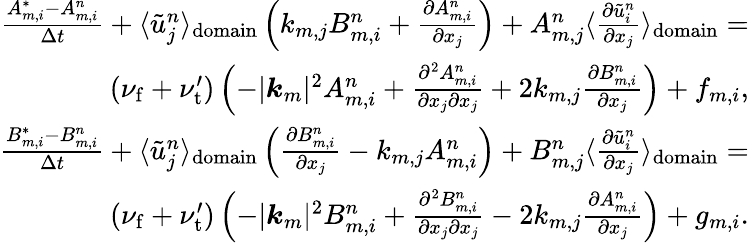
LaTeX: \begin{array}{r}{\frac{A_{m,i}^{*}-A_{m,i}^{n}}{\Delta t}+\langle\tilde{u}_{j}^{n}\rangle_{\mathrm{domain}}\left(k_{m,j}B_{m,i}^{n}+\frac{\partial A_{m,i}^{n}}{\partial x_{j}}\right)+A_{m,j}^{n}\langle\frac{\partial\tilde{u}_{i}^{n}}{\partial x_{j}}\rangle_{\mathrm{domain}}=}\\ {(\nu_{\mathrm{f}}+\nu_{\mathrm{t}}^{\prime})\left(-\lvert\boldsymbol{k}_{m}\rvert^{2}A_{m,i}^{n}+\frac{\partial^{2}A_{m,i}^{n}}{\partial x_{j}\partial x_{j}}+2k_{m,j}\frac{\partial B_{m,i}^{n}}{\partial x_{j}}\right)+f_{m,i},}\\ {\frac{B_{m,i}^{*}-B_{m,i}^{n}}{\Delta t}+\langle\tilde{u}_{j}^{n}\rangle_{\mathrm{domain}}\left(\frac{\partial B_{m,i}^{n}}{\partial x_{j}}-k_{m,j}A_{m,i}^{n}\right)+B_{m,j}^{n}\langle\frac{\partial\tilde{u}_{i}^{n}}{\partial x_{j}}\rangle_{\mathrm{domain}}=}\\ {(\nu_{\mathrm{f}}+\nu_{\mathrm{t}}^{\prime})\left(-\lvert\boldsymbol{k}_{m}\rvert^{2}B_{m,i}^{n}+\frac{\partial^{2}B_{m,i}^{n}}{\partial x_{j}\partial x_{j}}-2k_{m,j}\frac{\partial A_{m,i}^{n}}{\partial x_{j}}\right)+g_{m,i}.}\end{array}